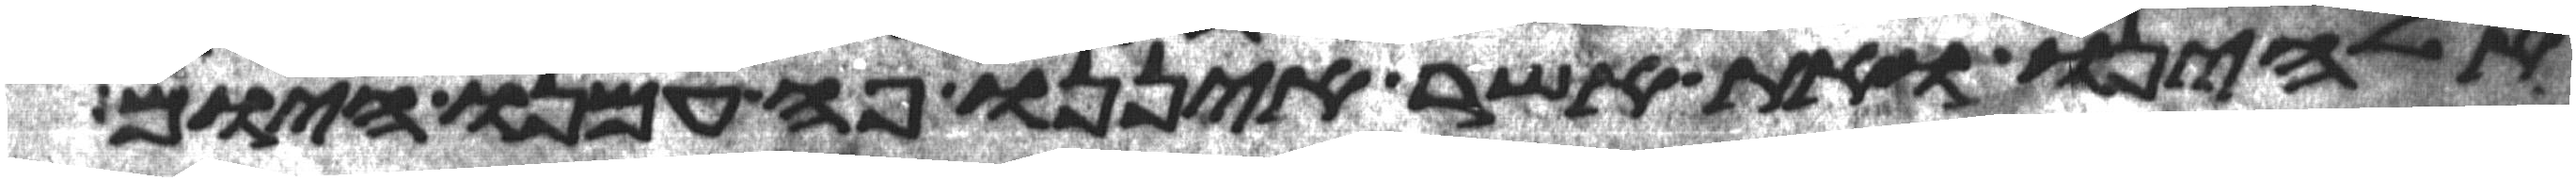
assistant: אלהינו ואת אשר איננו פה עמנו היום